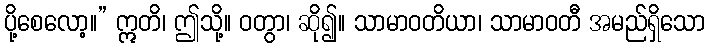
ပို့စေလော့။” ဣတိ၊ ဤသို့။ ဝတွာ၊ ဆို၍။ သာမာဝတိယာ၊ သာမာဝတီ အမည်ရှိသော